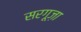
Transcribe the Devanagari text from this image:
सरगूज़ा